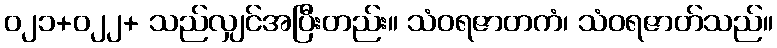
၀၂၁+၀၂၂+ သည်လျှင်အပြီးတည်း။ သံဝရဇာတကံ၊ သံဝရဇာတ်သည်။